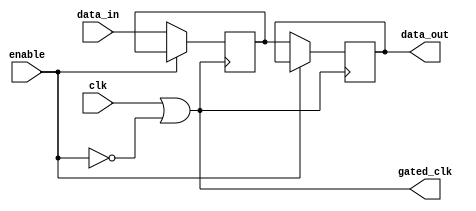
module clock_gating_memory (
    input wire clk,        // Original clock signal
    input wire enable,     // Control signal to enable/disable the memory
    input wire [7:0] data_in, // Data input for memory
    output reg [7:0] data_out, // Data output from memory
    output wire gated_clk   // Gated clock signal
);

    // Invert the enable signal
    wire not_enable;
    assign not_enable = ~enable;

    // OR gate for clock gating
    assign gated_clk = clk | not_enable;

    // Memory block implementation (for demonstration purposes)
    reg [7:0] memory [0:255]; // Assume a simple memory array of 256 x 8-bit

    // Memory operation controlled by gated clock
    always @(posedge gated_clk) begin
        if (!enable) begin
            // When enable is low, allow memory operations
            // Example: Write data to memory (for demonstration)
            memory[0] <= data_in; // Write data to address 0
            data_out <= memory[0]; // Read data from address 0
        end
        // If enable is high, do nothing (gated clock)
    end

endmodule